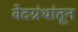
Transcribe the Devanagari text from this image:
वेदग्रंथांतून